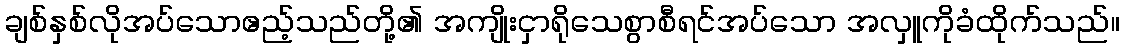
ချစ်နှစ်လိုအပ်သောဧည့်သည်တို့၏ အကျိုးငှာရိုသေစွာစီရင်အပ်သော အလှူကိုခံထိုက်သည်။